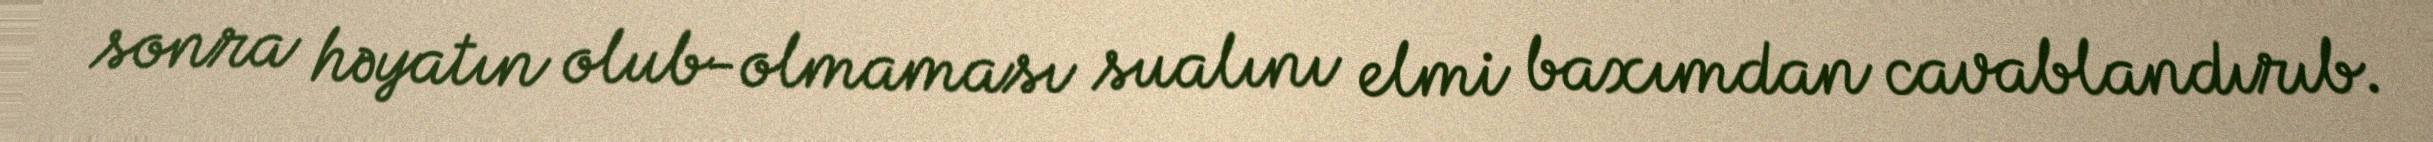
sonra həyatın olub-olmaması sualını elmi baxımdan cavablandırıb.